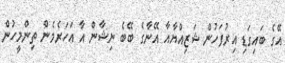
އޭގެ ބައިގަޑި އިރުފަހުން ޝަޒިއްޔާއާ އޭނާގެ ބޭބެ ނިޝާން އާ އަހަރެމެން ތިންމީހުން